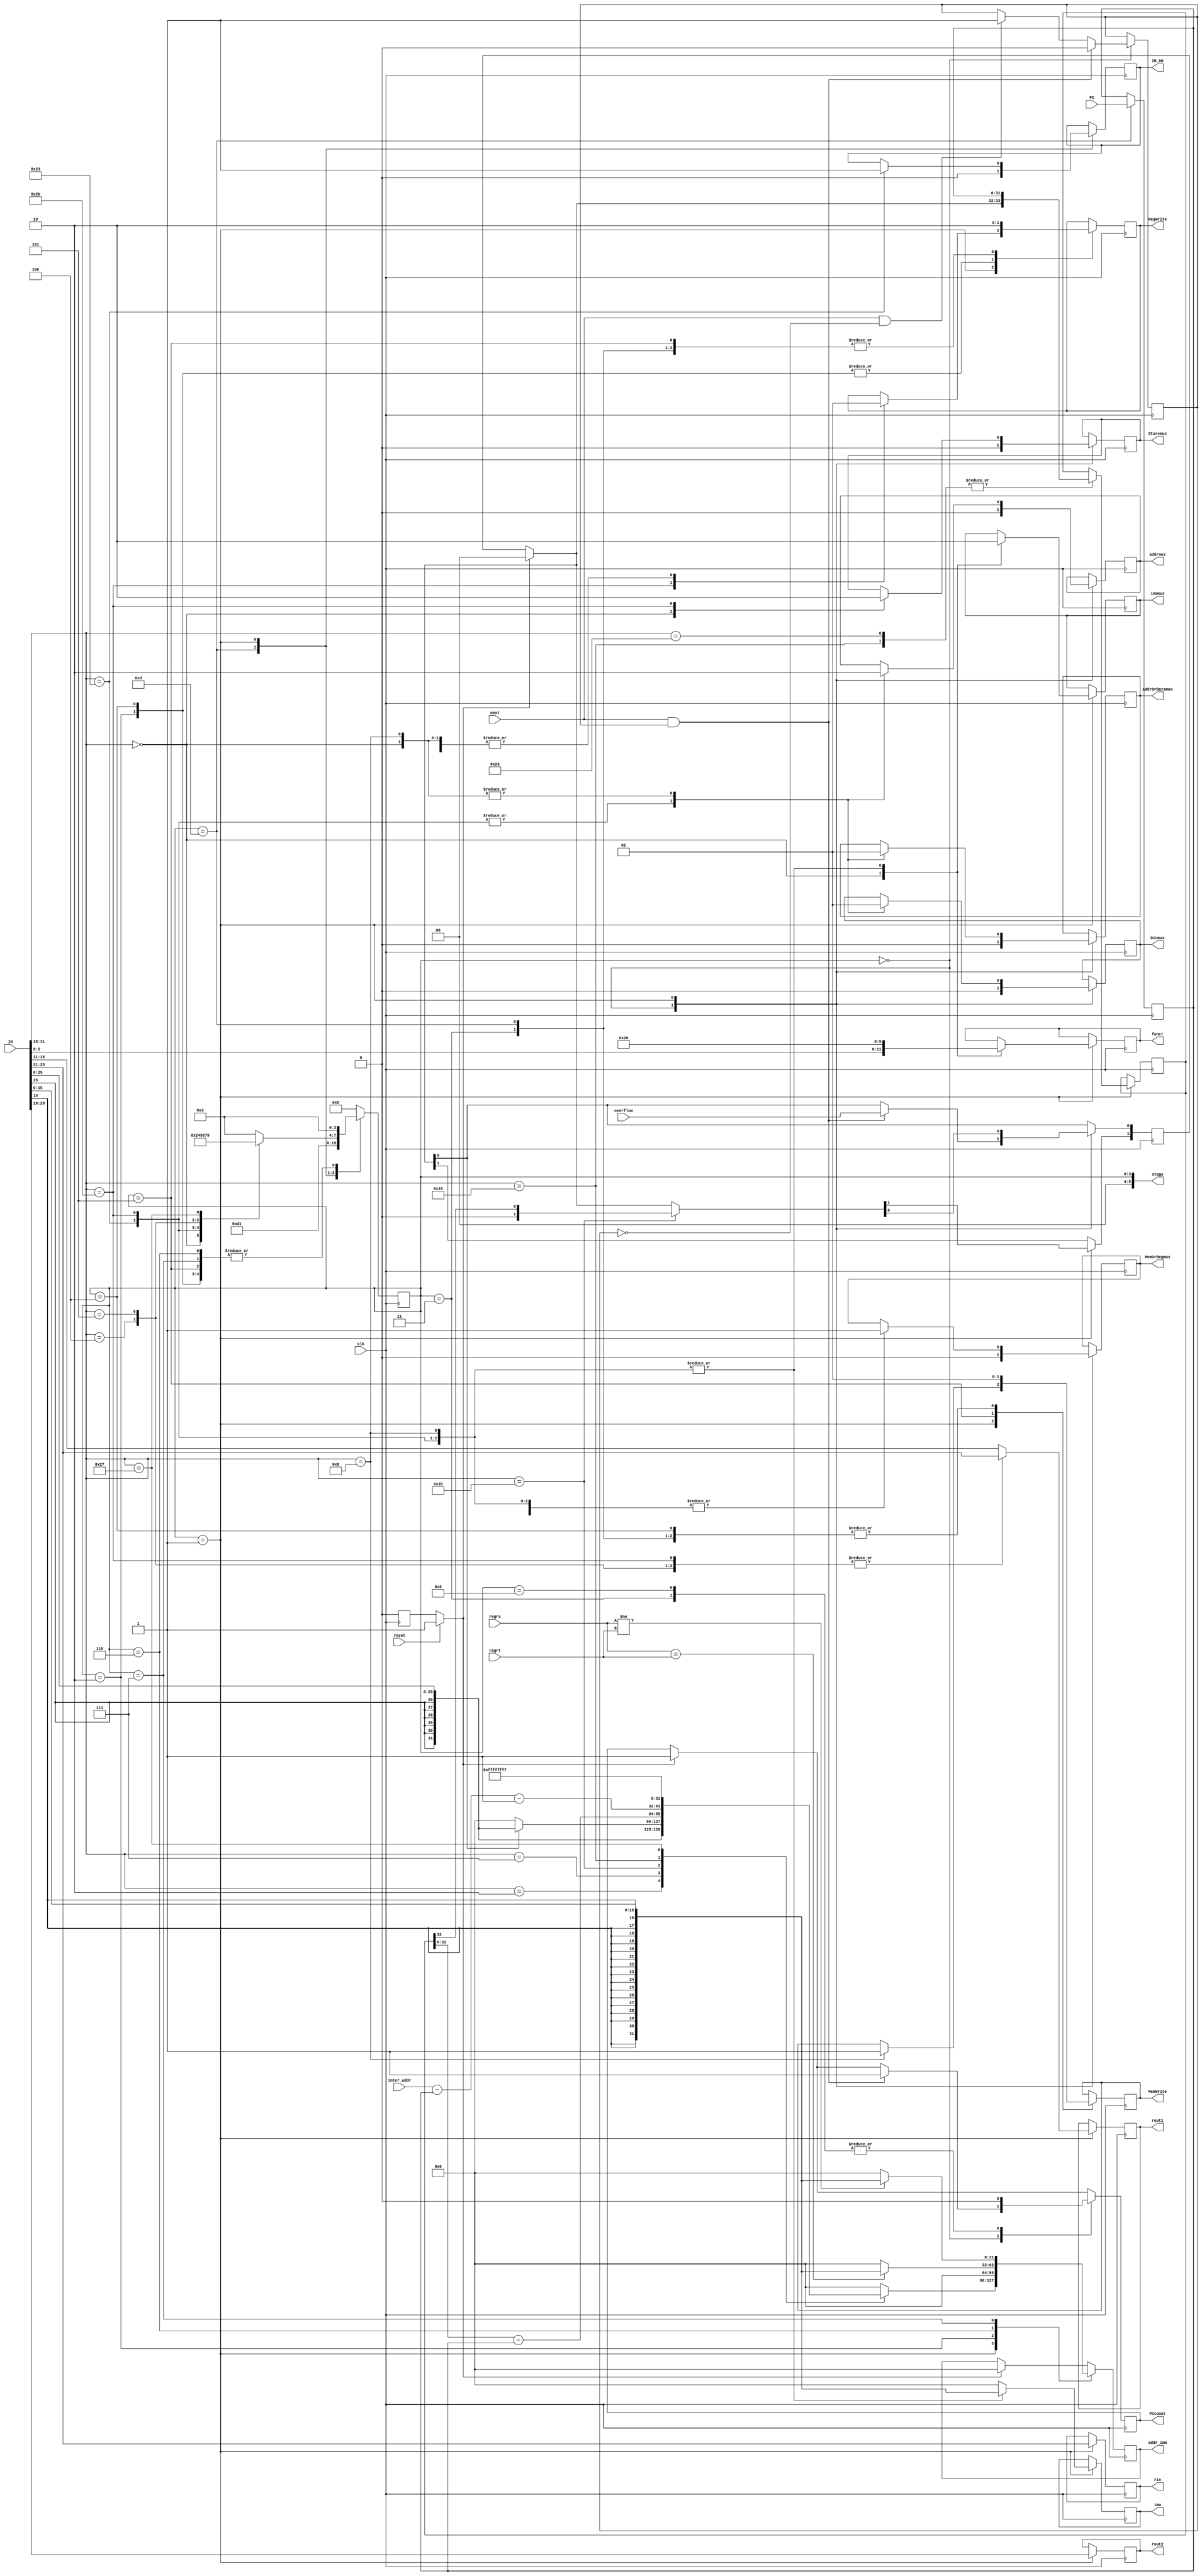
module ControlBlock(
						input [31:0] PC,
						input next,
						input reset,
						input [31:0] IR,
						input clk,
						input [31:0] regrs,	//these are used to compare in BNZ 
						input [31:0] regrt,
						input overflow,
						input [31:0] inter_addr,
						output reg IR_DR,			//write memory data to IR or DR
						output reg MemWrite,		//set memory writable
						output reg [5:0] funct,	//ALU work state
						output  [4:0] rout1,		//select rs address
						output  [4:0] rout2,		//select rt address
						output  [4:0] rin,		//select rd address
						output reg [31:0] imm,	//expand from 16 bit to 32 bit
						
						output addrmux,		
						output Dinmux,
						output AddrOrDatamux,
						output MemOrRegmux,
						output Storemux,
						output immmux,
						
						output reg PCcount,		//change PCBlock value
						output reg RegWrite,		//set Register Set writable
						
						output reg [31:0] addr_imm,
						output [5:0] stage
	);
	 
	reg init = 1;
	reg addr_mux=0;		
	reg Din_mux=0;
	reg AddrOrData_mux=0;
	reg MemOrReg_mux=0;
	reg Store_mux=0;
	reg imm_mux=0;
	
	assign addrmux = addr_mux;
	assign Dinmux =Din_mux;
	assign AddrOrDatamux =AddrOrData_mux;
	assign MemOrRegmux =MemOrReg_mux;
	assign Storemux = Store_mux;
	assign immmux = imm_mux;
	
	reg [4:0] regout1 =0;
	reg [4:0] regout2 =0;
	reg [4:0] regin =0;
	
	wire [5:0] op_code;
	wire [5:0] op_code2;
	wire [31:0] immediate;
	wire [31:0] jump;

	
	assign rout1 = regout1;
	assign rout2 = regout2;
	assign rin = regin;
	
	assign op_code = IR [31:26];
	assign op_code2 = IR [5:0];
	assign immediate = {IR[15],IR[15],IR[15],IR[15],IR[15],IR[15],IR[15],IR[15],IR[15],IR[15],IR[15],IR[15],IR[15],IR[15],IR[15],IR[15],IR [15:0]};
//	assign jump = {IR[25],IR[25],IR[25],IR[25],IR[25],IR[25],IR[25:0]};
	
	assign jump = {IR[25],IR[25],IR[25],IR[25],IR[25],IR[25],IR[25:0]};
	
	reg [3:0] state =0;
	reg change = 1;
	
	assign stage = state;
	
	reg [1:0] PSW = 2'b00;			//PSW={INT,OVERFLOW}
	reg [33:0] AddrStack =0;			//AddrStack = {PSW,pc}
	reg [31:0] pcnow =0;

	
	
	parameter Add = 6'b100000;

	parameter fetch_instr = 0;
	parameter decode_instr = 1;
	parameter Rtype_instr = 2;
	parameter finish_instr =3;
	parameter lw = 4;
	parameter sw = 5;
	parameter beq = 6;
	parameter bne = 7;
	parameter addi = 8;
	parameter halt =9;
	parameter jmpend =10;
	parameter push =11;
	parameter pop =12;
	parameter getpcnow =13;
	parameter toint =14;
	parameter jo= 15;

/*	
	always @(posedge overflow)
	begin
		PSW[2] = overflow&PCcount;
	end
	
	always @(posedge PCcount)
	begin
		PSW[2] = overflow&PCcount;
	end	
	*/
	/*always @(posedge PCcount or posedge overflow)
	begin
		if()
	end*/
	
	always @(posedge clk)
	begin
	
	state <=(reset?1:init)?0:state;
	PCcount =(reset?1:init)?1:PCcount;
	addr_imm =(reset?1:init)?0:addr_imm;
	PSW =(reset?1:init)?0:PSW;
	init <= 0;
	
	
	
	case(state)
		fetch_instr:		//0000
		begin
			if((next&&change))
			begin
				PCcount =1;
				change <=0;
				PSW[0] = overflow;
			end
			else if(next&&(!change))
			begin
				change <= 1;
			end
		//	addr_imm=0;
			addr_mux =0;		
			Din_mux =0;
			AddrOrData_mux=0;
			MemOrReg_mux=0;
			Store_mux=0;
			state <= getpcnow;
//			jo_complete = pcrise?1:0;
			//state <= (PSW[3]&&(!interrupt))?check_interrupt:decode_instr;
		end
		
		getpcnow:			//1101
		begin
			IR_DR = 0;		//IR
			MemWrite = 1;
			RegWrite = 0;
			pcnow <=PC;
			state <= decode_instr;
		end
		
		decode_instr:		//0001
		begin
			addr_imm=0;
			regout1 = IR[15:11];
			regout2 = IR[20:16];
			regin = IR[25:21];
			imm = 0;			
			case(op_code)
			6'b000000:
			begin
				funct = op_code2;
				RegWrite =1;
				addr_mux = 0;
				Din_mux = 1;	//Accept data from register
				imm_mux = 1;		//choose A register
				AddrOrData_mux = 1;	//choose data bus
				MemOrReg_mux = 1;
				Store_mux = 1;
				state <= Rtype_instr;
			end
			
			6'b100011:			//lw
			begin
				funct = Add;
				addr_mux = 1;
				AddrOrData_mux = 0;
				Din_mux = 0;
				imm_mux = 0;			//choose imm number
				MemOrReg_mux = 1;
				imm = immediate;
				IR_DR = 1;
				state <= lw;
			end
			
			6'b101011:			//sw
			begin
				regout1 = IR[25:21];
				regout2 = IR[20:16];
				funct = Add;
				addr_mux = 1;
				Din_mux = 0;
				AddrOrData_mux = 0;
				Store_mux =0;
				imm_mux = 0;			//choose imm number
				MemOrReg_mux = 1;
				imm = immediate;
				RegWrite = 0;
				state <= sw;
			end
			
			6'b000100:		//beq
			begin
				regout1 = IR[25:21];		//rout1
				regout2 = IR[20:16];		//rout2
				//funct = 6'b111111;		//alu
				state <= beq;
			end
			
			6'b000101:		//bne
			begin
				regout1 = IR[25:21];
				regout2 = IR[20:16];
				//funct = 6'b111111;		//alu
				state <= bne;
			end
			
			6'b001000:		//addi
			begin
				funct =Add;
				addr_mux = 0;
				MemWrite =1;
				RegWrite =1;
				imm_mux =0;
				AddrOrData_mux =1;
				MemOrReg_mux =1;
				Din_mux = 1;
				imm =immediate;
				state <= finish_instr;
			end

			6'b000010:		//j
			begin
				//funct =6'b111111;
				addr_imm = jump;
				state <= finish_instr;
			end
			
			6'b000111:		//jo
			begin
				addr_imm = PSW[0]?jump:0;
				state <= finish_instr;
			end
			
			6'b100100:		//push
			begin
				RegWrite = 1;
				AddrStack <= {PSW,pcnow};		
				state <= finish_instr;
			end
			
			6'b011011:			//pop
			begin
				PSW = {0,AddrStack[32]};		//λжλź
				addr_imm = AddrStack[31:0] - pcnow ;
				state <= finish_instr;
			end
			
			6'b011000:
			begin
				AddrStack <= {PSW,pcnow};
				addr_imm = inter_addr -pcnow-1;
				state <= finish_instr;
			end
			6'b100111:		//halt
			begin
				//funct =6'b111111;
				//PCcount =1;
				addr_imm = -1;
				state <= halt;
			end
			
			default:
				state <= finish_instr;
			endcase
			
		end
		
		Rtype_instr:
		begin
			addr_imm =0;			
			RegWrite =1;
			state <= finish_instr;
		end
		
		lw:
		begin
			MemWrite = 1;			//read out
			RegWrite = 1;			
			state <= finish_instr;
		end
		
		sw:
		begin
			MemWrite = 0;			//write in
			RegWrite = 0;		
			state <= finish_instr;
		end
		
		beq:
		begin
			if(regrs == regrt)
				addr_imm = immediate;
			else
				addr_imm = 32'b00000000000000000000000000000000;
			state <= finish_instr;
		end
		
		bne:
		begin
			if(regrs!=regrt)
				addr_imm = immediate;
			else
				addr_imm = 32'b00000000000000000000000000000000;
			state <= finish_instr;
		end
		
		finish_instr:
		begin
	//		PSW[1] = interrupt;
			
			MemWrite = 1;		//read
			RegWrite = 0;		//can't write to reg
			PCcount =0;
			state <= fetch_instr;
		end
		
		halt:
		begin
			PCcount =0;
			
			state <= fetch_instr;
		end
		
		default:
		begin
			state<= fetch_instr;
		end
	endcase
	end

	


endmodule